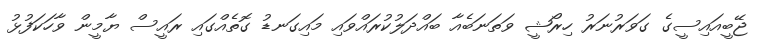
ޖޭބީއައިސީގެ ގަވަރުނަރު ހިރޯޝީ ވަތަނަބެއާ ބައްދަލުކުރައްވައި މައިގަނޑު ގޮތެއްގައި ރައީސް ޔާމީން ވާހަކަފުޅު